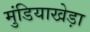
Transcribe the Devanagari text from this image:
मुंडियाखेड़ा